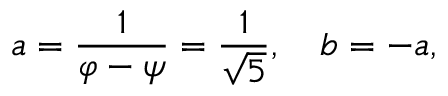
a = { \frac { 1 } { \varphi - \psi } } = { \frac { 1 } { \sqrt { 5 } } } , \quad b = - a ,